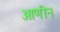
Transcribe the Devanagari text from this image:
आणीन